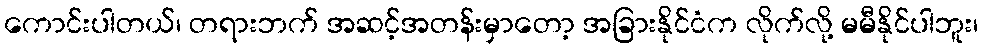
ကောင်းပါတယ်၊ တရားဘက် အဆင့်အတန်းမှာတော့ အခြားနိုင်ငံက လိုက်လို့ မမီနိုင်ပါဘူး၊